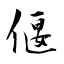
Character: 偃